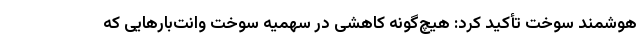
هوشمند سوخت تأکید کرد: هیچ‌گونه کاهشی در سهمیه سوخت وانت‌بارهایی که